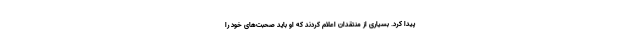
پیدا کرد. بسیاری از منتقدان اعلام کردند که او باید صحبت‌های خود را